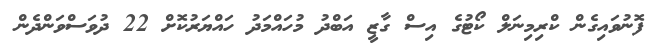
ފޮނުވައިގެން ކްރިމިނަލް ކޯޓުގެ އިސް ގާޒީ އަބްދު މުހައްމަދު ހައްޔަރުކޮށް 22 ދުވަސްވަންދެން